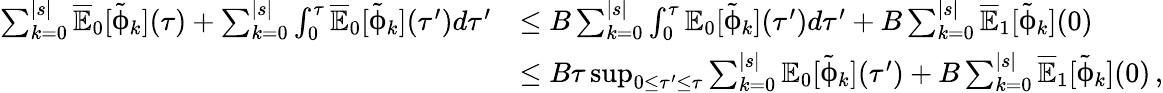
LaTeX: \begin{array}{rl}{\sum_{k=0}^{|s|}\overline{{\mathbb{E}}}_{0}[\tilde{\upphi}_{k}](\tau)+\sum_{k=0}^{|s|}\int_{0}^{\tau}\overline{{\mathbb{E}}}_{0}[\tilde{\upphi}_{k}](\tau^{\prime})d\tau^{\prime}}&{\leq B\sum_{k=0}^{|s|}\int_{0}^{\tau}{\mathbb{E}}_{0}[\tilde{\upphi}_{k}](\tau^{\prime})d\tau^{\prime}+B\sum_{k=0}^{|s|}\overline{{\mathbb{E}}}_{1}[\tilde{\upphi}_{k}](0)}\\ &{\leq B\tau\operatorname*{sup}_{0\leq\tau^{\prime}\leq\tau}\sum_{k=0}^{|s|}\mathbb{E}_{0}[\tilde{\upphi}_{k}](\tau^{\prime})+B\sum_{k=0}^{|s|}\overline{{\mathbb{E}}}_{1}[\tilde{\upphi}_{k}](0)\, ,}\end{array}